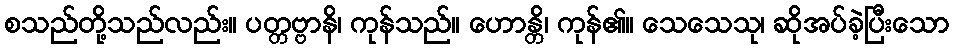
စသည်တို့သည်လည်း။ ပတ္တဗ္ဗာနိ၊ ကုန်သည်။ ဟောန္တိ၊ ကုန်၏။ သေသေသု၊ ဆိုအပ်ခဲ့ပြီးသော